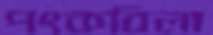
পংকবিলা